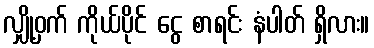
လျှို့ဝှက် ကိုယ်ပိုင် ငွေ စာရင်း နံပါတ် ရှိလား။